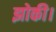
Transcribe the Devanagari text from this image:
झोकी।